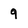
Character: 9